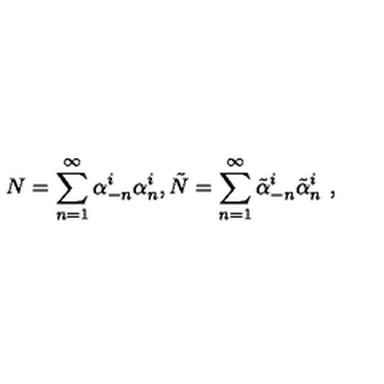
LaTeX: N = \sum _ { n = 1 } ^ { \infty } \alpha _ { - n } ^ { i } \alpha _ { n } ^ { i } , \tilde { N } = \sum _ { n = 1 } ^ { \infty } \tilde { \alpha } _ { - n } ^ { i } \tilde { \alpha } _ { n } ^ { i } \ ,